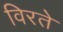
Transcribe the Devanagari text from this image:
विरते